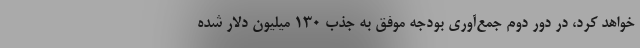
خواهد کرد، در دور دوم جمع‌آوری بودجه موفق به جذب ۱۳۰ میلیون دلار شده